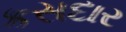
કસદાર